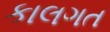
કાલગત